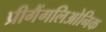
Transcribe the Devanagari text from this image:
प्रीगैंगलिओनिक